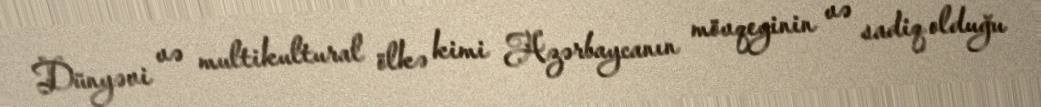
Dünyəvi və multikultural ölkə kimi Azərbaycanın mövqeyinin və sadiq olduğu